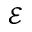
\mathcal { E }